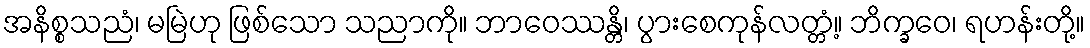
အနိစ္စသညံ၊ မမြဲဟု ဖြစ်သော သညာကို။ ဘာဝေဿန္တိ၊ ပွားစေကုန်လတ္တံ့။ ဘိက္ခဝေ၊ ရဟန်းတို့။